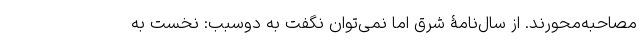
مصاحبه‌محورند. از سال‌نامۀ شرق اما نمی‌توان نگفت به دوسبب: نخست به